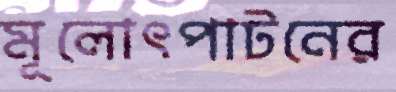
মূলোৎপাটনের